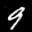
Label: 9